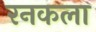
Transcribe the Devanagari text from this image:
रनकला